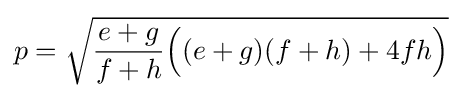
\displaystyle p={\sqrt {{\frac {e+g}{f+h}}{\Big (}(e+g)(f+h)+4fh{\Big )}}}